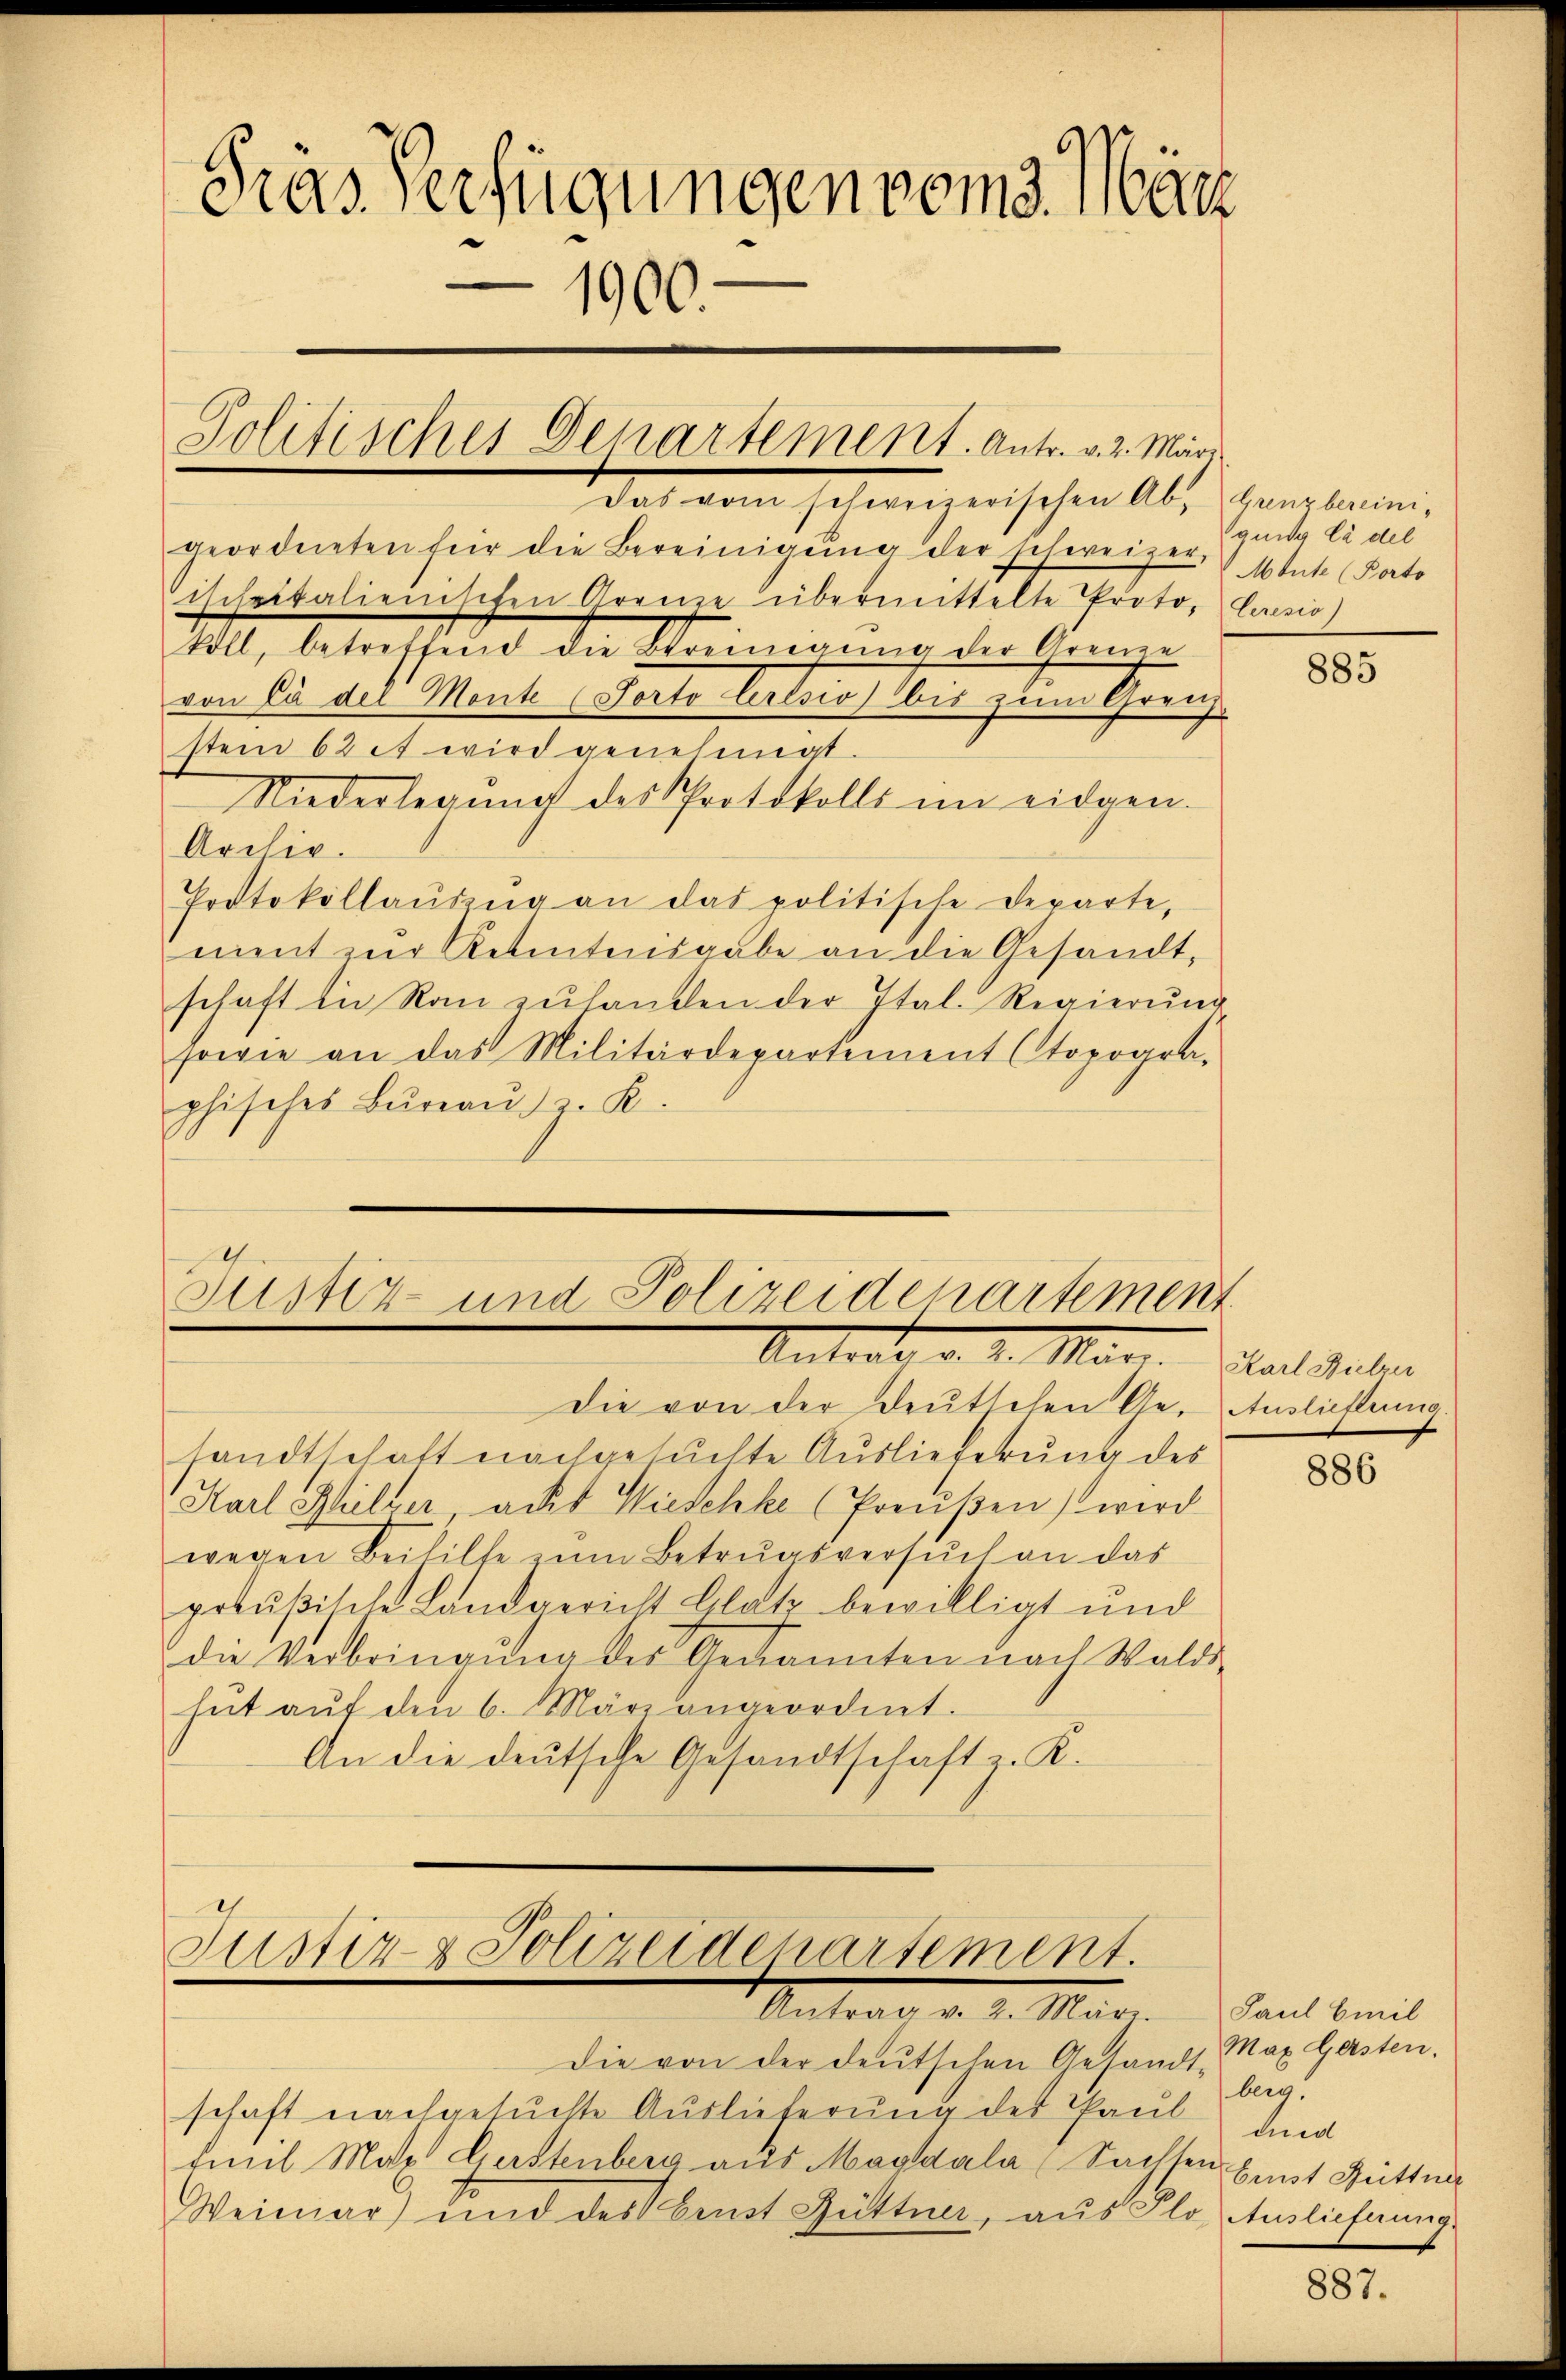
Gras Verfügungen vom 3. März
1900

geordneten für die Bereinigŭng der schweizer tute Pato
ischeitalienischen Grenze übermittelte Proto, lan
koll, betreffend die Bereinigung der Grenze
von 62 des Monte. (Forte betone bis zum Grenz
stem 62 et wird genehmigt.
Niederlegung des Protokolls im eidgen.
Archiv.
Protokollaŭszŭg an das politische Departe,
ment zur Retentensgabe an die Gesandt,
schaft in Raŭ zŭ handen der Ital. Regierŭng
sowie an das Militärdepartement Ctopogra-
phisches Bureau. z. K.

Die von der deutschen Ge- Auslichtung
sandtschaft nachgesuchte Auslieferung des
Karl Müller acht Wieschke (Preußen) wird
wegen Beihilte zum Betrugsversuch an das
preußische Landgericht Glatz bewilligt und
die Verbringung der Gekannten nach Walds
hŭt aŭf den 6. März angeordnet.
An die deutsche Gesandtschaft z. K.

Politisches Departement. Antr. v. 2. Märi
dolieren scheinigenschen Abs. Genehmen,

Justiz- und Polizeidepartement
Untern d. d. Mart. ital Realien

Justiz- & Polizeidenartement.
ntrag d. d. Mart.

die von der deutschen Gesandt Max Gersten.
schaft nachgesuchte Auslieferung des Paul und
Emil Metz. Gerstenberg aus Magdala Sachsen Einst Hüttner
Weimar) und des Brust Güttner, aus Plo Ausliefnung

quis la del

885

886

Paul Emil
berg.

887.